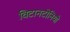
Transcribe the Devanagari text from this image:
विटानटोनियो